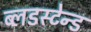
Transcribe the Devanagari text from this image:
ब्लडस्टेन्ड